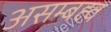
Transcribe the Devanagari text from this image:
असम्बह्व